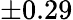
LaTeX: \pm 0.29